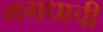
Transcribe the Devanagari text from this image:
मगधाची